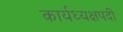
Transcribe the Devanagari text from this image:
कार्यध्यक्षपदी